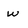
Character: w